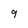
Character: 9